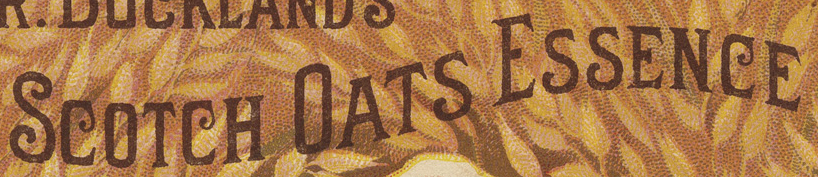
SCOTCH OATS ESSENCE